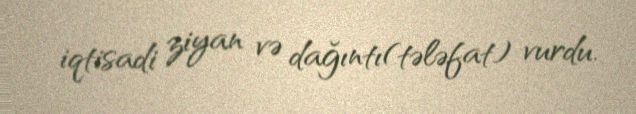
iqtisadi ziyan və dağıntı(tələfat) vurdu.